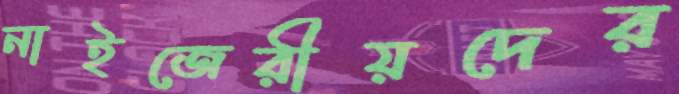
নাইজেরীয়দের